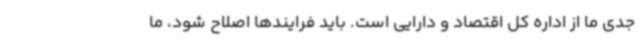
جدی ما از اداره کل اقتصاد و دارایی است. باید فرایندها اصلاح شود، ما